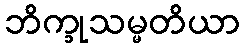
ဘိက္ခုသမ္မတိယာ